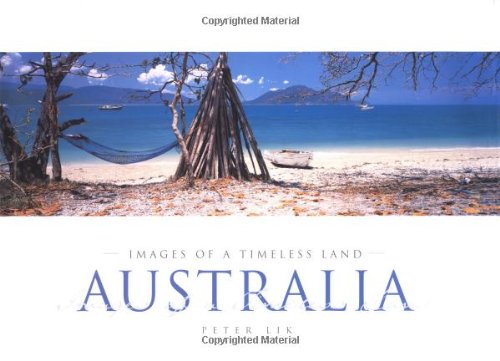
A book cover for Australia: Images of a Timeless Land; Peter Lik; Travel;